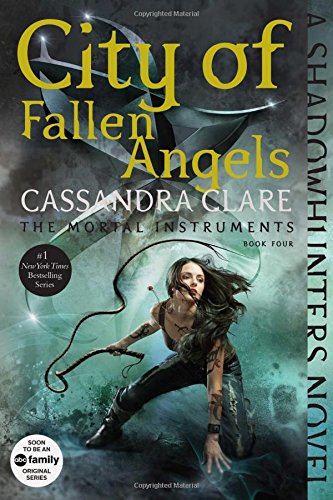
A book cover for City of Fallen Angels (The Mortal Instruments); Cassandra Clare; Teen & Young Adult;